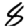
Digit: 8